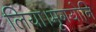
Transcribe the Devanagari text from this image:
लिया।मृगयोनि